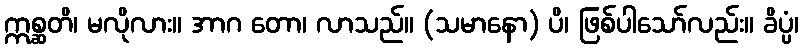
ဣစ္ဆတိ၊ မလိုလား။ အာဂ တော၊ လာသည်။ (သမာနော) ပိ၊ ဖြစ်ပါသော်လည်း။ ခိပ္ပံ၊